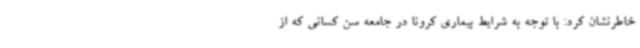
خاطرنشان کرد: با توجه به شرایط بیماری کرونا در جامعه سن کسانی که از